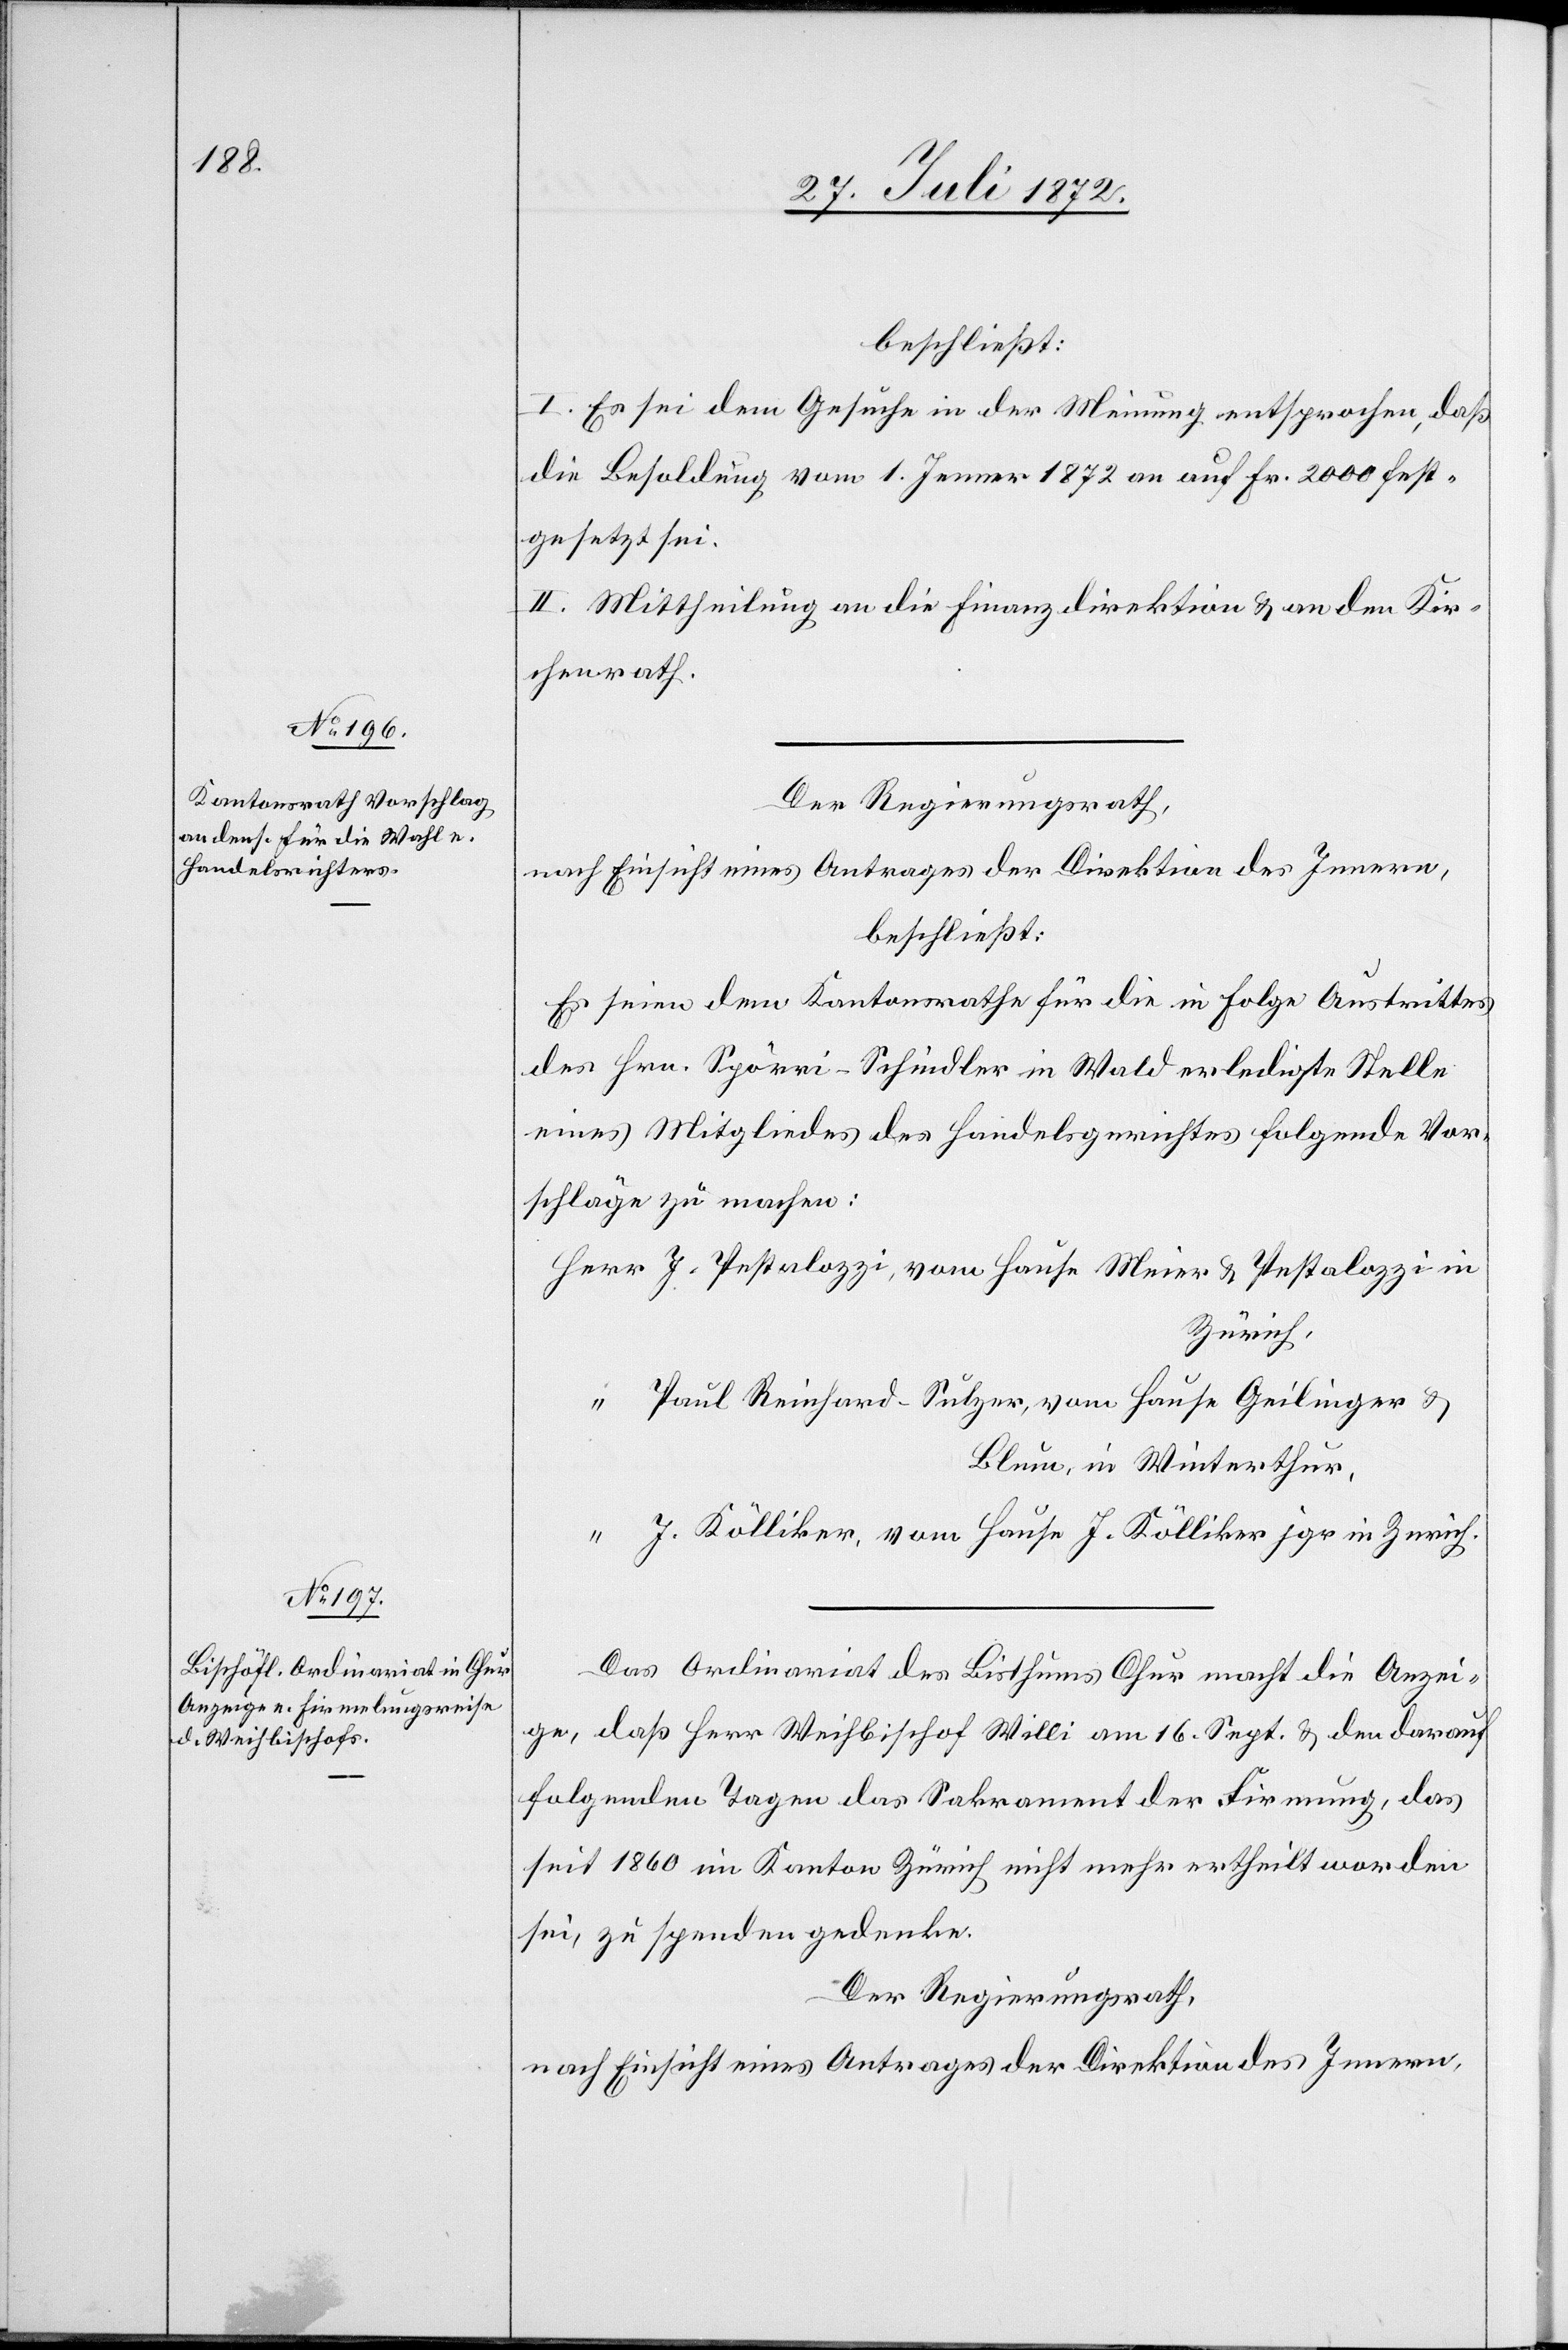
beschließt:
I. Es sei dem Gesuche in der Meinung entsprochen, daß
die Besoldung vom 1. Jenner 1872 an auf Fr. 2000 fest¬
gesetzt sei.
II. Mittheilung an die Finanzdirektion u. an den Kir¬
chenrath.
Der Regierungsrath,
nach Einsicht eines Antrages der Direktion des Innern,
beschließt:
Es seien dem Kantonsrathe für die in Folge Austrittes
des Hrn. Spörri-Schindler in Wald erledigte Stelle
eines Mitgliedes des Handelsgerichtes folgende Vor¬
schläge zu machen:
Zürich,
Paul Reinhard-Sulzer, vom Hause Geilinger u.
Blum, in Winterthur,
J. Kölliker, vom Hause J. Kölliker jgr. in Zürich.
Das Ordinariat des Bisthums Chur macht die Anzei¬
ge, daß Herr Weihbischof Willi am 16. Sept. u. den darauf
folgenden Tagen das Sakrament der Firmung, das
seit 1860 im Kanton Zürich nicht mehr ertheilt worden
sei, zu spenden gedenke.
Der Regierungsrath,
nach Einsicht eines Antrages der Direktion des Innern,